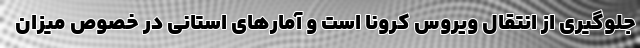
جلوگیری از انتقال ویروس کرونا است و آمارهای استانی در خصوص میزان